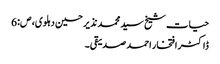
حیات شیخ سید محمد نذیر حسین دہلوی، ص:6
ڈاکٹر افتخار احمد صدیقی۔